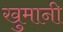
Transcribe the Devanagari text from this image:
खुमानी